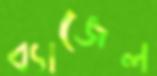
ব্যাজেল